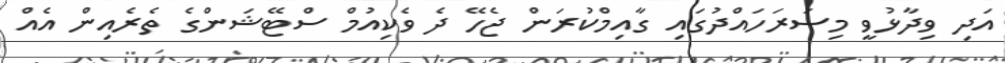
އަދި ވިދާޅުވީ މިސަރަހައްދުގައި ގާއިމްކުރަން ޖެހޭ ދެ ވެކިއުމް ސްޓޭޝަންގެ ތެރެއިން އެއް